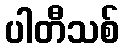
ပါတီသစ်